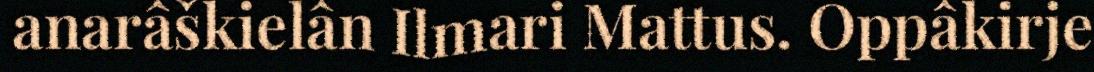
anarâškielân Ilmari Mattus. Oppâkirje